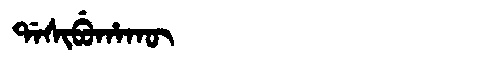
Manchu: ᡩᠠᠰᡳᠪᡠᡥᠠᡴᡡ
Romanization: DASIBUHAKŪ